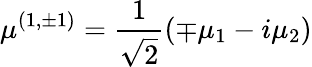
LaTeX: \mu^{(1,\pm 1)}=\frac{1}{\sqrt{2}}(\mp\mu_{1}-i\mu_{2})